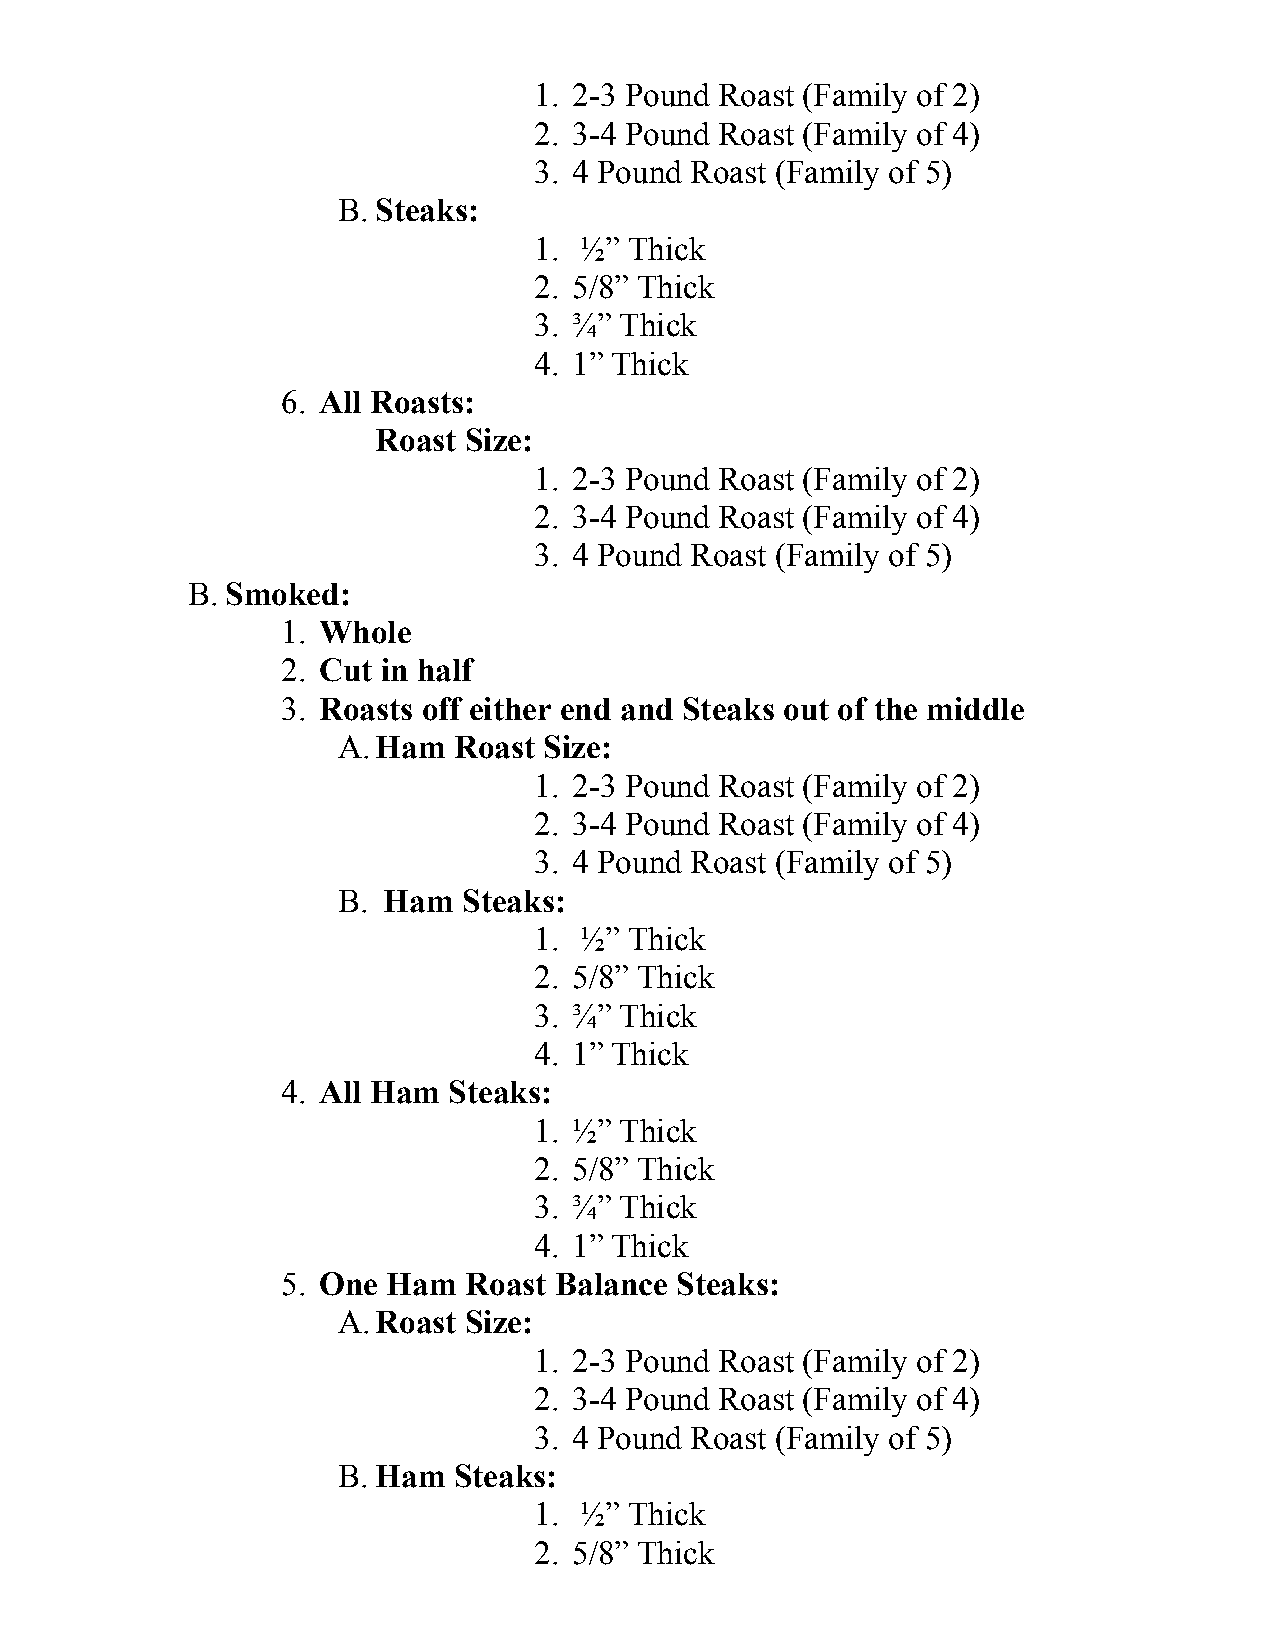
1. 2-3 Pound Roast (Family of 2)
 2. 3-4 Pound Roast (Family of 4)
 3. 4 Pound Roast (Family of 5)
 B. Steaks:
 1. ½”  Thick
 2. 5/8” Thick
 3. ¾” Thick
 4. 1” Thick
 6. All Roasts:
 Roast Size:
 1. 2-3 Pound Roast (Family of 2)
 2. 3-4 Pound Roast (Family of 4)
 3. 4 Pound Roast (Family of 5)
 B. Smoked:
 1. Whole
 2. Cut in half
 3. Roasts off either end and Steaks out of the middle
 A.Ham   Roast Size:
 1. 2-3 Pound Roast (Family of 2)
 2. 3-4 Pound Roast (Family of 4)
 3. 4 Pound Roast (Family of 5)
 B. Ham   Steaks:
 1. ½”  Thick
 2. 5/8” Thick
 3. ¾” Thick
 4. 1” Thick
 4. All Ham Steaks:
 1. ½” Thick
 2. 5/8” Thick
 3. ¾” Thick
 4. 1” Thick
 5. One Ham  Roast Balance Steaks:
 A.Roast  Size:
 1. 2-3 Pound Roast (Family of 2)
 2. 3-4 Pound Roast (Family of 4)
 3. 4 Pound Roast (Family of 5)
 B. Ham  Steaks:
 1. ½”  Thick
 2. 5/8” Thick